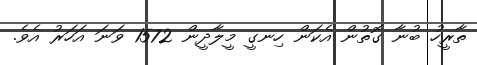
ތާރީހު ބުނާ ގޮތުން އެކަން ހިނގީ މީލާދީން 1572 ވަނަ އަހަރު އެވެ.